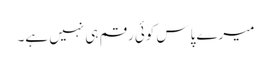
میرے پاس کوئی رقم ہی نہیں ہے۔